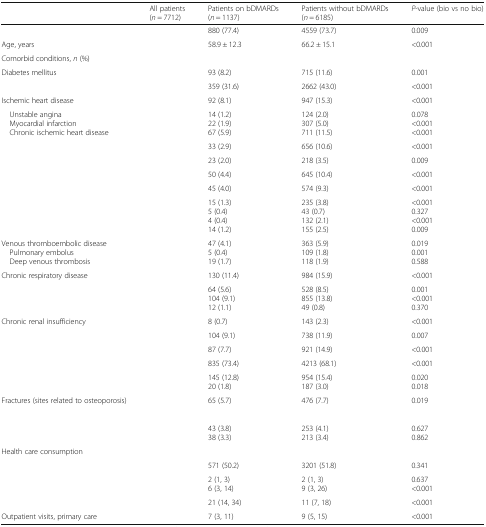
<table><thead><tr><td>[EMPTY_CELL]</td><td><b>All patients (<i>n</i> = 7712)</b></td><td><b>Patients on bDMARDs(<i>n</i> = 1137)</b></td><td><b>Patients without bDMARDs(<i>n</i> = 6185)</b></td><td><b><i>P</i>-value (bio vs no bio)</b></td></tr></thead><tbody><tr><td>[EMPTY_CELL]</td><td>[EMPTY_CELL]</td><td>880 (77.4)</td><td>4559 (73.7)</td><td>0.009</td></tr><tr><td>Age, years</td><td>[EMPTY_CELL]</td><td>58.9 ± 12.3</td><td>66.2 ± 15.1</td><td>&lt;0.001</td></tr><tr><td colspan="5">Comorbid conditions, <i>n</i> (%)</td></tr><tr><td>Diabetes mellitus</td><td>[EMPTY_CELL]</td><td>93 (8.2)</td><td>715 (11.6)</td><td>0.001</td></tr><tr><td>[EMPTY_CELL]</td><td>[EMPTY_CELL]</td><td>359 (31.6)</td><td>2662 (43.0)</td><td>&lt;0.001</td></tr><tr><td>Ischemic heart disease</td><td>[EMPTY_CELL]</td><td>92 (8.1)</td><td>947 (15.3)</td><td>&lt;0.001</td></tr><tr><td> Unstable angina Myocardial infarction Chronic ischemic heart disease</td><td>[EMPTY_CELL]</td><td>14 (1.2)22 (1.9)67 (5.9)</td><td>124 (2.0)307 (5.0)711 (11.5)</td><td>0.078&lt;0.001&lt;0.001</td></tr><tr><td>[EMPTY_CELL]</td><td>[EMPTY_CELL]</td><td>33 (2.9)</td><td>656 (10.6)</td><td>&lt;0.001</td></tr><tr><td>[EMPTY_CELL]</td><td>[EMPTY_CELL]</td><td>23 (2.0)</td><td>218 (3.5)</td><td>0.009</td></tr><tr><td>[EMPTY_CELL]</td><td>[EMPTY_CELL]</td><td>50 (4.4)</td><td>645 (10.4)</td><td>&lt;0.001</td></tr><tr><td>[EMPTY_CELL]</td><td>[EMPTY_CELL]</td><td>45 (4.0)</td><td>574 (9.3)</td><td>&lt;0.001</td></tr><tr><td>[EMPTY_CELL]</td><td>[EMPTY_CELL]</td><td>15 (1.3)5 (0.4)4 (0.4)14 (1.2)</td><td>235 (3.8)43 (0.7)132 (2.1)155 (2.5)</td><td>&lt;0.0010.327&lt;0.0010.009</td></tr><tr><td>Venous thromboembolic disease Pulmonary embolus Deep venous thrombosis</td><td>[EMPTY_CELL]</td><td>47 (4.1)5 (0.4)19 (1.7)</td><td>363 (5.9)109 (1.8)118 (1.9)</td><td>0.0190.0010.588</td></tr><tr><td>Chronic respiratory disease</td><td>[EMPTY_CELL]</td><td>130 (11.4)</td><td>984 (15.9)</td><td>&lt;0.001</td></tr><tr><td>[EMPTY_CELL]</td><td>[EMPTY_CELL]</td><td>64 (5.6)104 (9.1)12 (1.1)</td><td>528 (8.5)855 (13.8)49 (0.8)</td><td>0.001&lt;0.0010.370</td></tr><tr><td>Chronic renal insufficiency</td><td>[EMPTY_CELL]</td><td>8 (0.7)</td><td>143 (2.3)</td><td>&lt;0.001</td></tr><tr><td>[EMPTY_CELL]</td><td>[EMPTY_CELL]</td><td>104 (9.1)</td><td>738 (11.9)</td><td>0.007</td></tr><tr><td>[EMPTY_CELL]</td><td>[EMPTY_CELL]</td><td>87 (7.7)</td><td>921 (14.9)</td><td>&lt;0.001</td></tr><tr><td>[EMPTY_CELL]</td><td>[EMPTY_CELL]</td><td>835 (73.4)</td><td>4213 (68.1)</td><td>&lt;0.001</td></tr><tr><td>[EMPTY_CELL]</td><td>[EMPTY_CELL]</td><td>145 (12.8)20 (1.8)</td><td>954 (15.4)187 (3.0)</td><td>0.0200.018</td></tr><tr><td>Fractures (sites related to osteoporosis)</td><td>[EMPTY_CELL]</td><td>65 (5.7)</td><td>476 (7.7)</td><td>0.019</td></tr><tr><td colspan="5">[EMPTY_CELL]</td></tr><tr><td>[EMPTY_CELL]</td><td>[EMPTY_CELL]</td><td>43 (3.8)38 (3.3)</td><td>253 (4.1)213 (3.4)</td><td>0.6270.862</td></tr><tr><td colspan="5">Health care consumption</td></tr><tr><td>[EMPTY_CELL]</td><td>[EMPTY_CELL]</td><td>571 (50.2)</td><td>3201 (51.8)</td><td>0.341</td></tr><tr><td>[EMPTY_CELL]</td><td>[EMPTY_CELL]</td><td>2 (1, 3)6 (3, 14)</td><td>2 (1, 3)9 (3, 26)</td><td>0.637&lt;0.001</td></tr><tr><td>[EMPTY_CELL]</td><td>[EMPTY_CELL]</td><td>21 (14, 34)</td><td>11 (7, 18)</td><td>&lt;0.001</td></tr><tr><td>Outpatient visits, primary care</td><td>[EMPTY_CELL]</td><td>7 (3, 11)</td><td>9 (5, 15)</td><td>&lt;0.001</td></tr></tbody></table>